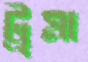
ট্রমা